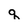
Character: q